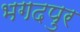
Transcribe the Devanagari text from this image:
भगदपुर